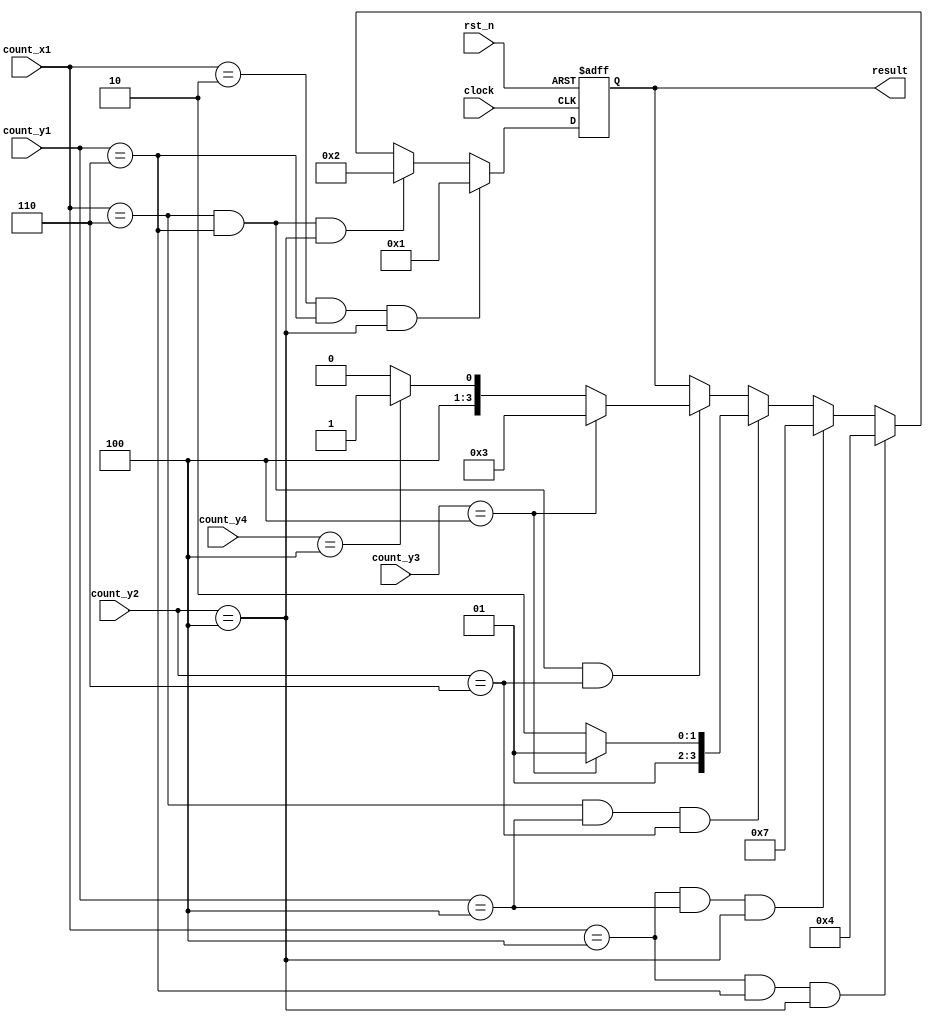
module count_data(
	clock,
	rst_n,
	count_y1,
	count_x1,
	count_y2,
	count_y3,
	count_y4,
	result
);

input								clock;
input								rst_n;

input			[ 3:0]			count_x1;
input			[ 3:0]			count_y1;
input			[ 3:0]			count_y2;
input			[ 3:0]			count_y3;
input			[ 3:0]			count_y4;

output		[ 3:0]			result;
reg			[ 3:0]			result;

always @ (posedge clock or negedge rst_n)
if(!rst_n)
	result <= 4'hf;
else if((count_x1 == 4'd2) && (count_y1 == 4'd6) && ( count_y2 == 4'd4))
	result <= 4'd1;
else if((count_x1 == 4'd6) && (count_y1 == 4'd6) && ( count_y2 == 4'd4))
	result <= 4'd2;
else if((count_x1 == 4'd4) && (count_y1 == 4'd6) && ( count_y2 == 4'd4))
	result <= 4'd4;
else if((count_x1 == 4'd4) && (count_y1 == 4'd4) && ( count_y2 == 4'd4))
	result <= 4'd7;
else if((count_x1 == 4'd6) && (count_y1 == 4'd4) && ( count_y2 == 4'd6))
	begin
		if(count_y3 == 4'd4)
			result <= 4'd5;
		else
			result <= 4'd6;
	end
else if((count_x1 == 4'd6) && (count_y1 == 4'd6) && ( count_y2 == 4'd6))
	begin
		if(count_y3 == 4'd4)
			result <= 4'd3;
		else
		begin
			if(count_y4 == 4'd4)
				result <= 4'd9;
			else
				result <= 4'd8;
		end
	end
else
	result <= result;

endmodule